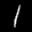
Label: 1